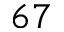
_ { 6 7 }